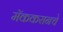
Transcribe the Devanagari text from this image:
मॅककरानचे